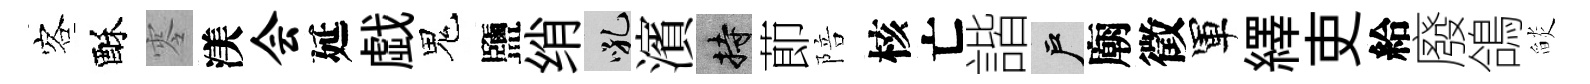
客酥零渼会延戯鬼鹽绡吼濱持莭陪核亡諧户廟徵軍繹吏給廢鴿𦦨